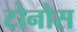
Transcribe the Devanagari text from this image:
टोनोस